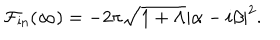
LaTeX: { \cal F } _ { \mathrm { i n } } ( \infty ) = - 2 \pi \sqrt { 1 + \Lambda } \left\vert \alpha - i \beta \right\vert ^ { 2 } .